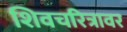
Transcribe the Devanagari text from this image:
शिवचरित्रावर